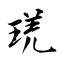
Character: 琷